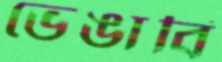
ভেঙাবি